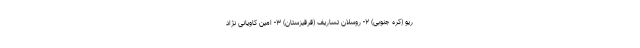
ریو (کره جنوبی) ۲- روسلان تساریف (قرقیزستان) ۳- امین کاویانی نژاد